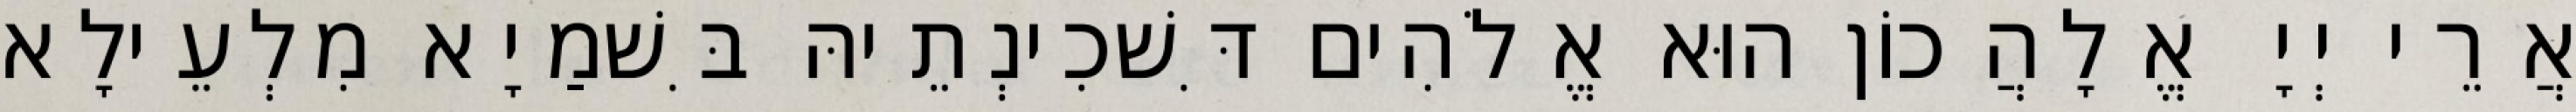
אֲרֵי יְיָ אֱלָהֲכוֹן הוּא אֱלֹהִים דִּשׁכִינְתֵיהּ בִּשׁמַיָא מִלְעֵילָא